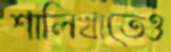
শালিখাতেও